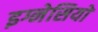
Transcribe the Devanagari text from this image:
इग्नेसियो